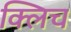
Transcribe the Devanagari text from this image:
क्लिच